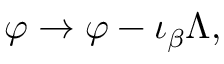
\varphi \to \varphi - \iota _ { \beta } \Lambda ,